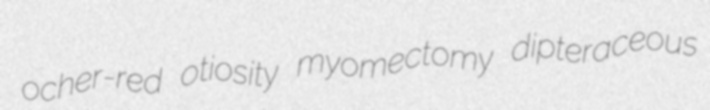
ocher-red otiosity myomectomy dipteraceous